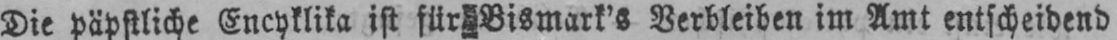
Die päpstliche Encyklika ist für Bismark’s Verbleiben im Amt entscheidend